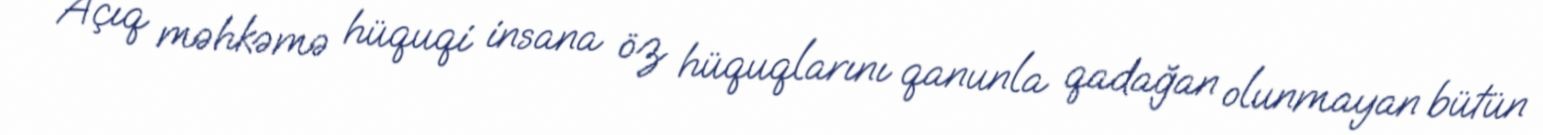
Açıq məhkəmə hüquqi insana öz hüquqlarını qanunla qadağan olunmayan bütün